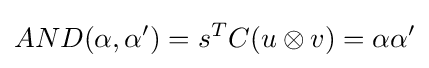
AND(\alpha ,\alpha ')=s^{T}C(u\otimes v)=\alpha \alpha '